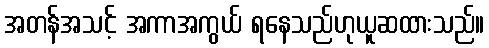
အတန်အသင့် အကာအကွယ် ရနေသည်ဟုယူဆထားသည်။